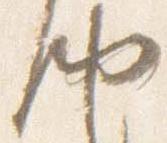
納